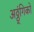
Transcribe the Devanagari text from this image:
अठ्ठ्ंगिको